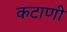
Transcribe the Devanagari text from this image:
कटाणी